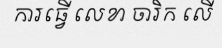
ការធ្វើ លេខា ចារិក លើ